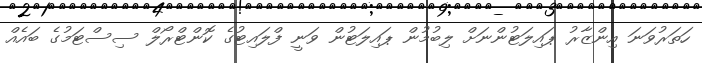
ހަތަރުވަނަ އިންޒާރު ޕައިލަޓުންނަށް ލިބުމުން ޕައިލަޓުން ވަނީ ފްލައިޓުގެ ކޮންޓްރޯލް ސިސްޓަމުގެ ބައެއް